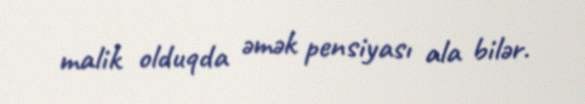
malik olduqda əmək pensiyası ala bilər.